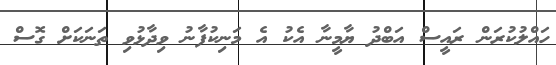
ހައްލުކުރަން ރައީސް އަބްދު ޔާމީނާ އެކު އެ މަނިކުފާނު ވިދާޅުވި ތަނަކަށް ގޮސް